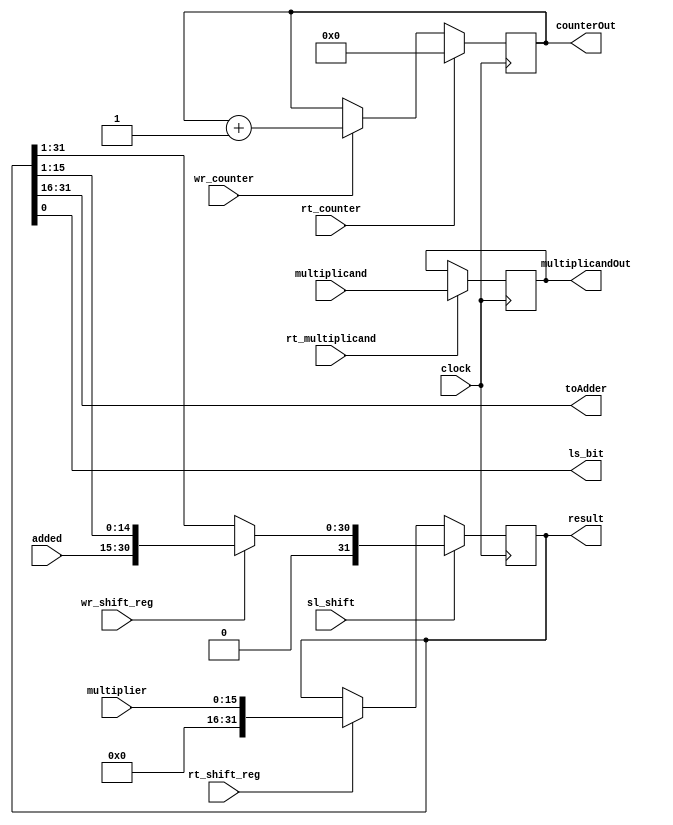
module mult_dp_16(
	input [15:0] multiplicand, multiplier, added,
	input wr_shift_reg, 
		   wr_counter, 
		   sl_shift, 
		   rt_shift_reg, 
		   rt_counter,
		   rt_multiplicand,
			clock,
	output [15:0] toAdder, multiplicandOut,
	output [4:0] counterOut, 
	output ls_bit,
	output [31:0] result
);

	reg [4:0] counter;
	reg [15:0] multiplicandReg;
	reg [31:0] shiftReg = 32'b0;
	
	assign counterOut = counter;
	assign ls_bit = shiftReg[0];
	assign multiplicandOut = multiplicandReg;
	assign toAdder = shiftReg[31:16];
	assign result = shiftReg;
	
	always @ (posedge clock) begin
		if(sl_shift) begin
			if(wr_shift_reg) shiftReg <= {1'b0, added, shiftReg[15:1]};
			else shiftReg <= {1'b0, shiftReg[31:1]};
		end
		
		else if(rt_shift_reg) shiftReg <= {16'b0, multiplier};
		if(rt_multiplicand) multiplicandReg <= multiplicand;
		if(wr_counter) counter <= counter + 5'd1;
		if(rt_counter) counter <= 5'd0;
	end

endmodule